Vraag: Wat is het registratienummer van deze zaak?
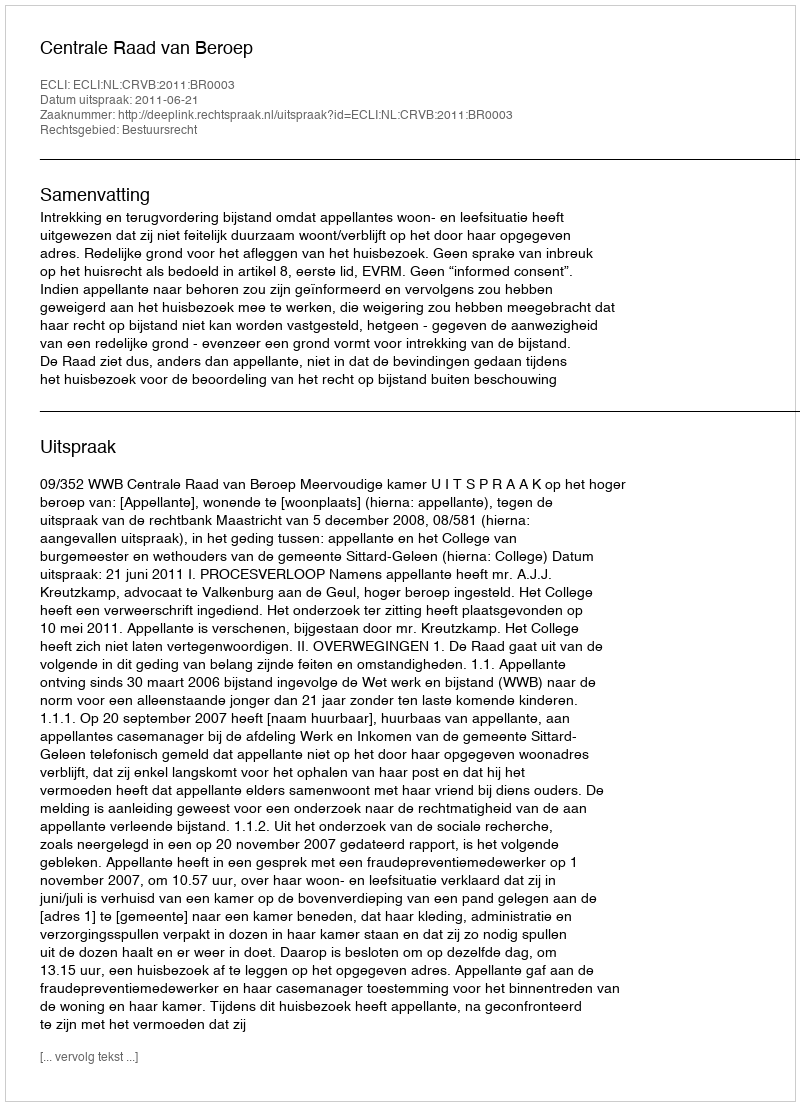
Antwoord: http://deeplink.rechtspraak.nl/uitspraak?id=ECLI:NL:CRVB:2011:BR0003